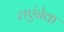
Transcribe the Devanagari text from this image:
लएंनेक